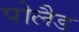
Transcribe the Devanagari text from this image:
पोलैड